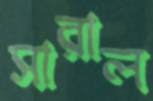
সারাল